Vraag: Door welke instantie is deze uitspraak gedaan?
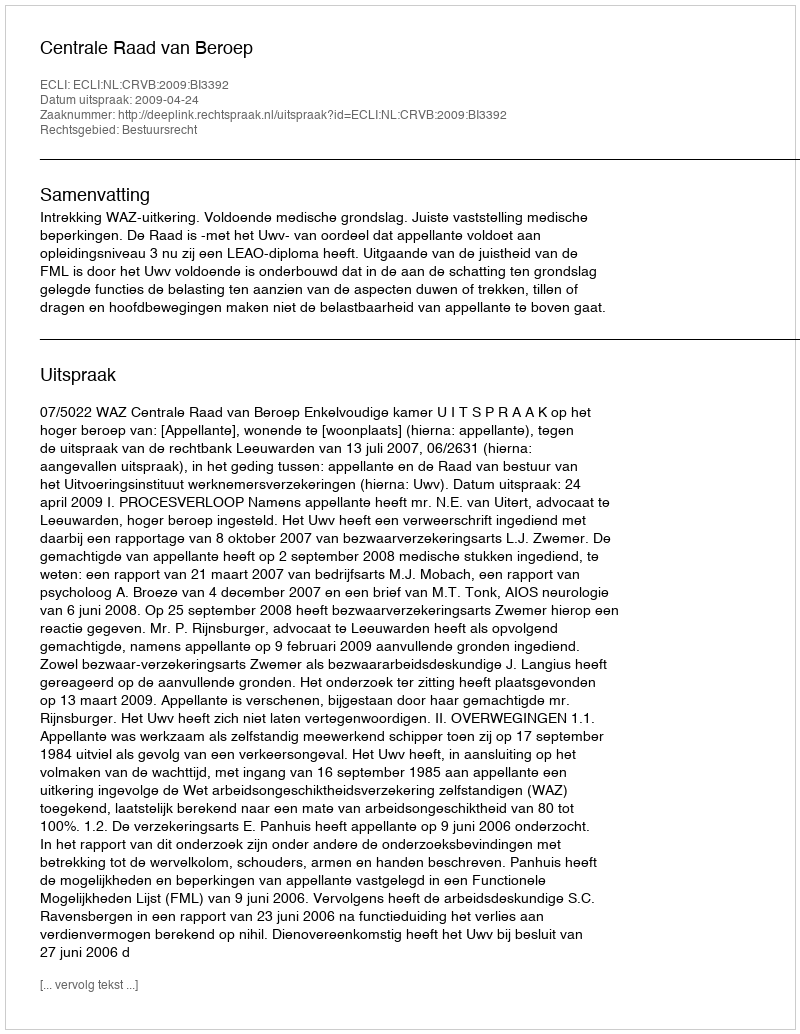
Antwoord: Centrale Raad van Beroep